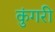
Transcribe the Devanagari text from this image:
कुंगरी